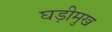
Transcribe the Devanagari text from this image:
घड़ीमुख